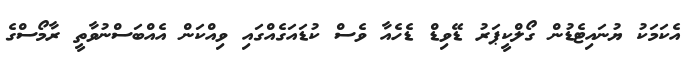
އެކަމަކު ޔުނައިޓެޑުން ގޯލްކީޕަރު ޑޭވިޑް ޑެހެއާ ވެސް ކުޑައަގެއްގައި ވިއްކަން އެއްބަސްނުވާތީ ރާމޯސްގެ